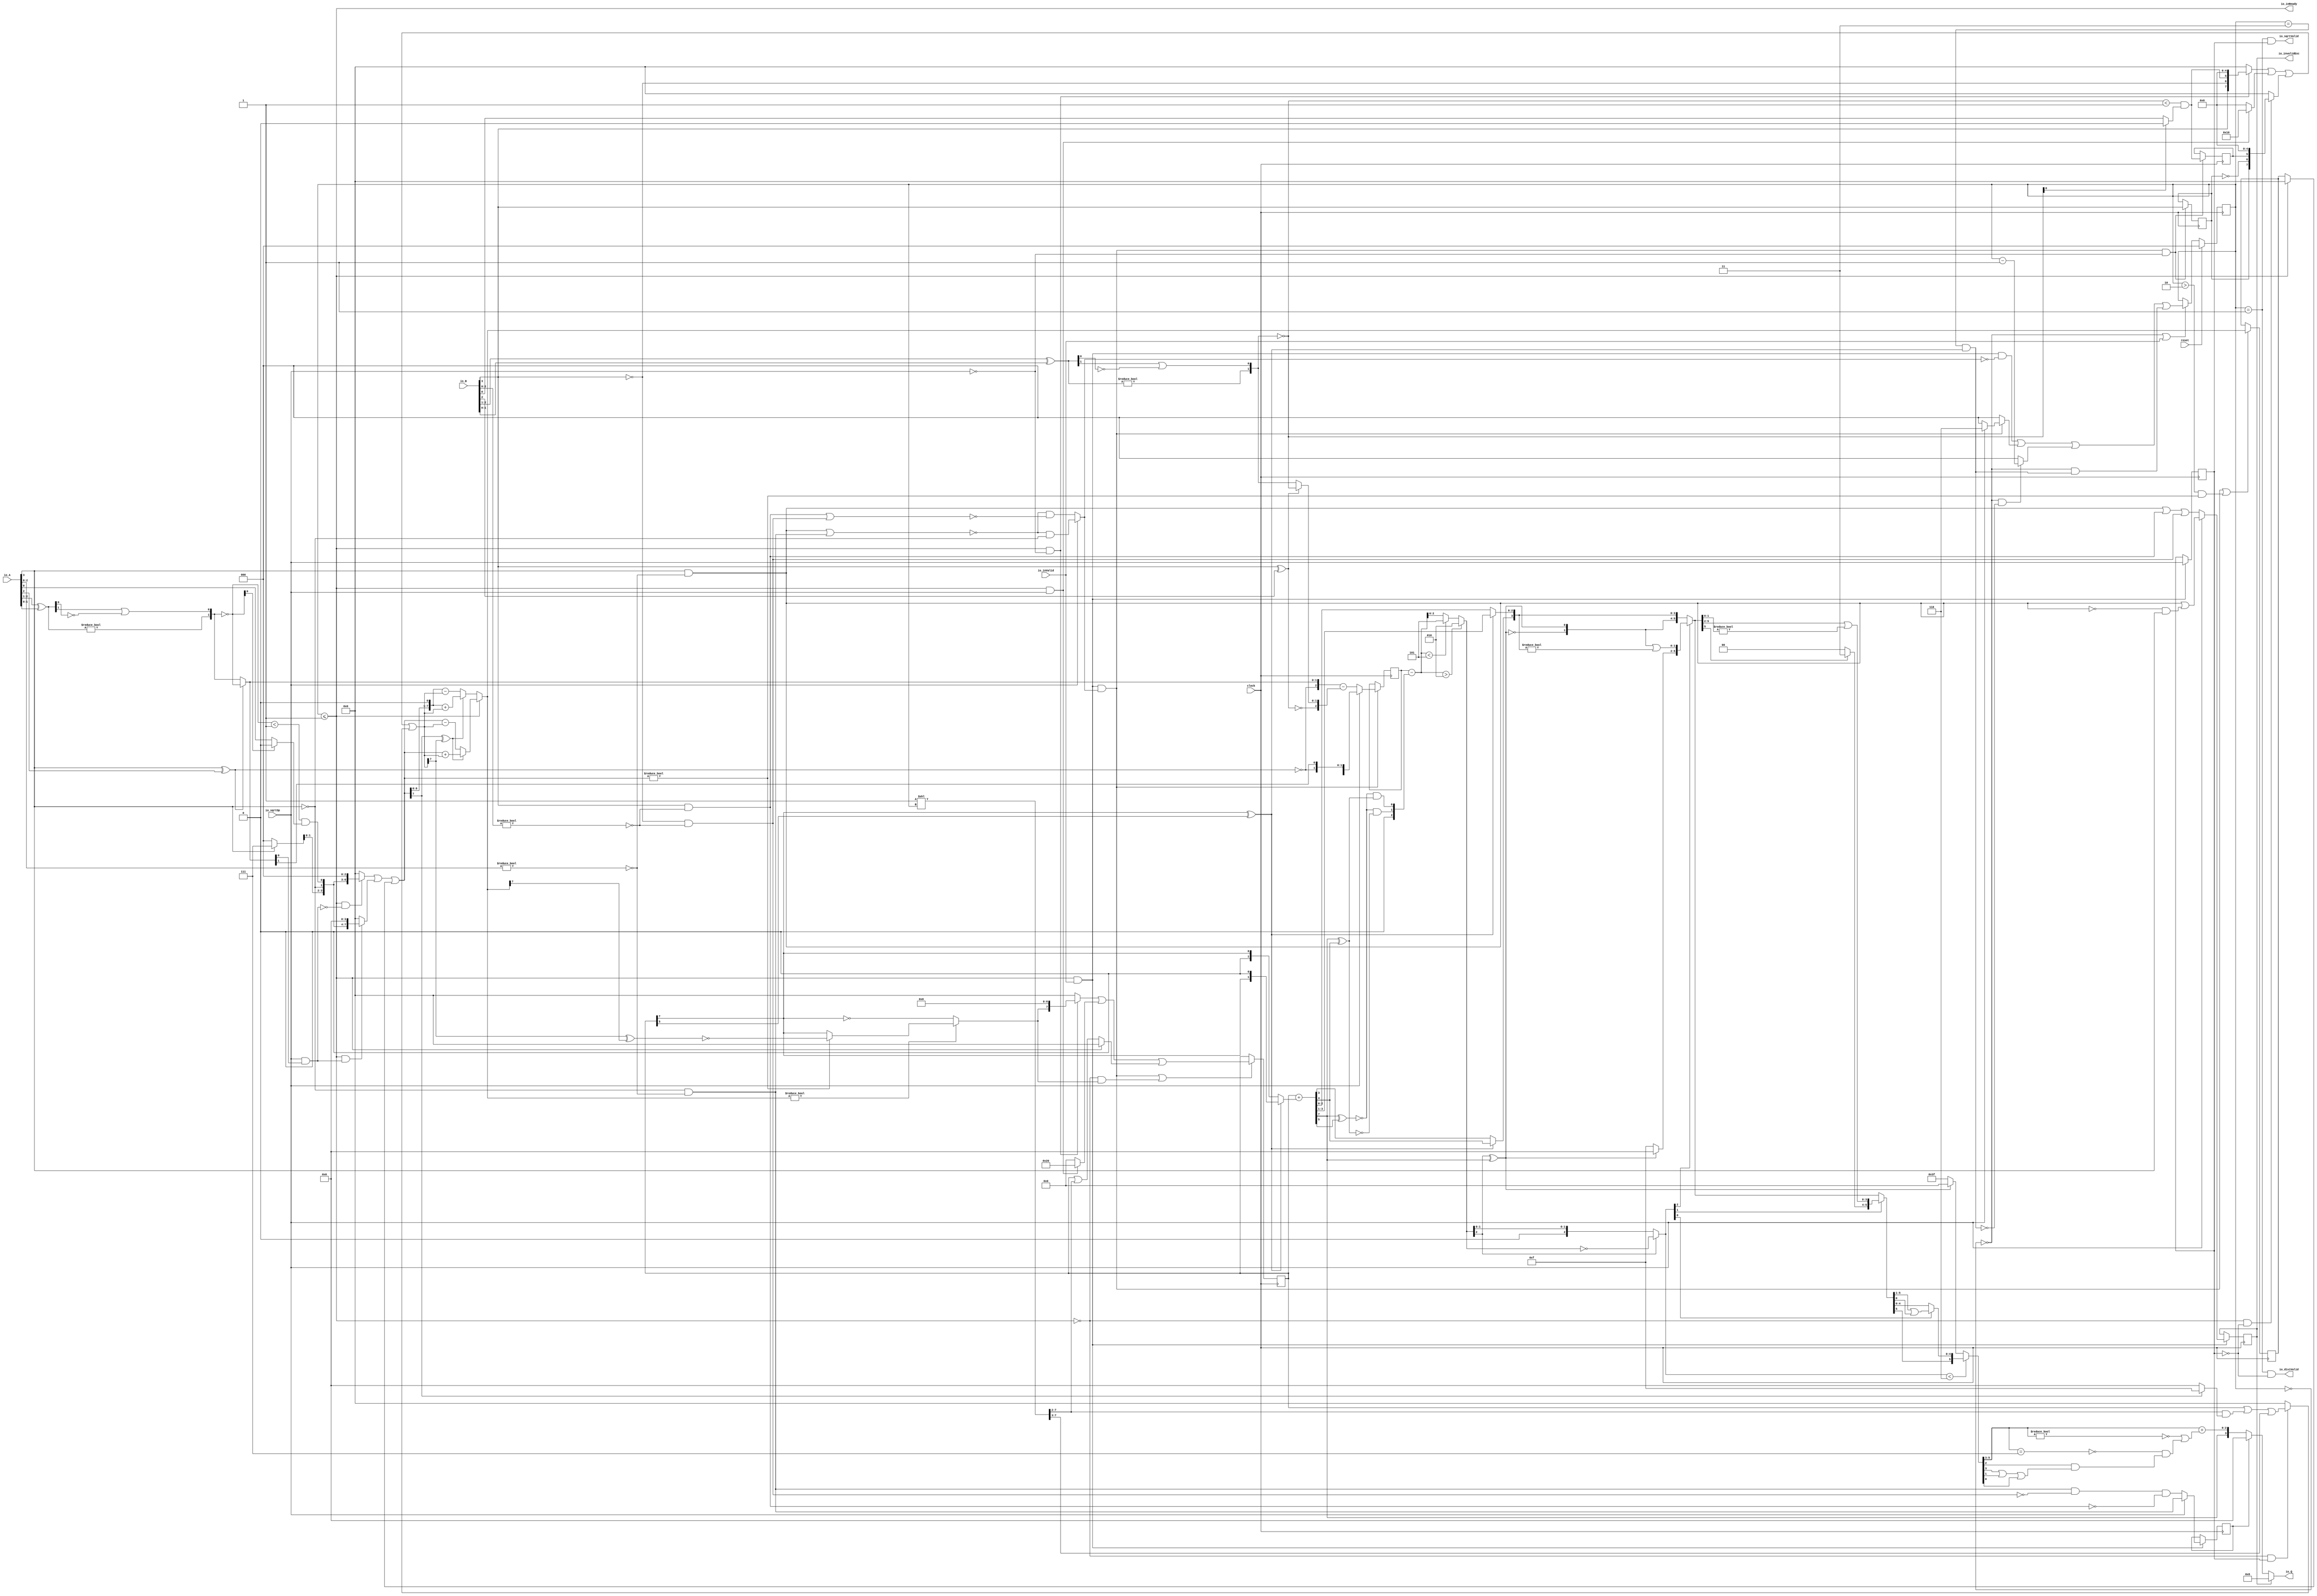
module PositDivSqrter4_0(
  input        clock,
  input        reset,
  output       io_inReady,
  input        io_inValid,
  input        io_sqrtOp,
  input  [3:0] io_A,
  input  [3:0] io_B,
  output       io_diviValid,
  output       io_sqrtValid,
  output       io_invalidExc,
  output [3:0] io_Q
);
  reg [2:0] cycleNum; // @[PositDivisionSqrt.scala 63:26]
  reg [31:0] _RAND_0;
  reg  sqrtOp_Z; // @[PositDivisionSqrt.scala 65:22]
  reg [31:0] _RAND_1;
  reg  isNaR_Z; // @[PositDivisionSqrt.scala 66:22]
  reg [31:0] _RAND_2;
  reg  isZero_Z; // @[PositDivisionSqrt.scala 67:22]
  reg [31:0] _RAND_3;
  reg [3:0] scale_Z; // @[PositDivisionSqrt.scala 68:22]
  reg [31:0] _RAND_4;
  reg  signB_Z; // @[PositDivisionSqrt.scala 69:28]
  reg [31:0] _RAND_5;
  reg  fractB_Z; // @[PositDivisionSqrt.scala 70:22]
  reg [31:0] _RAND_6;
  reg [7:0] rem_Z; // @[PositDivisionSqrt.scala 71:22]
  reg [31:0] _RAND_7;
  reg [7:0] sigX_Z; // @[PositDivisionSqrt.scala 72:22]
  reg [31:0] _RAND_8;
  wire  _T_1; // @[convert.scala 18:24]
  wire  _T_2; // @[convert.scala 18:40]
  wire  _T_3; // @[convert.scala 18:36]
  wire [1:0] _T_4; // @[convert.scala 19:24]
  wire [1:0] _T_5; // @[convert.scala 19:43]
  wire [1:0] _T_6; // @[convert.scala 19:39]
  wire  _T_7; // @[LZD.scala 39:14]
  wire  _T_8; // @[LZD.scala 39:21]
  wire  _T_9; // @[LZD.scala 39:30]
  wire  _T_10; // @[LZD.scala 39:27]
  wire  _T_11; // @[LZD.scala 39:25]
  wire [1:0] _T_12; // @[Cat.scala 29:58]
  wire [1:0] _T_13; // @[convert.scala 21:22]
  wire  _T_14; // @[convert.scala 22:36]
  wire  _T_15; // @[Shift.scala 16:24]
  wire  _T_16; // @[Shift.scala 17:37]
  wire  _T_18; // @[Shift.scala 63:39]
  wire  decA_fraction; // @[Shift.scala 16:10]
  wire  _T_22; // @[convert.scala 25:26]
  wire [1:0] _T_24; // @[convert.scala 25:42]
  wire [2:0] _T_25; // @[Cat.scala 29:58]
  wire [2:0] _T_27; // @[convert.scala 29:56]
  wire  _T_28; // @[convert.scala 29:60]
  wire  _T_29; // @[convert.scala 29:41]
  wire  decA_isNaR; // @[convert.scala 29:39]
  wire  _T_32; // @[convert.scala 30:19]
  wire  decA_isZero; // @[convert.scala 30:41]
  wire [2:0] decA_scale; // @[convert.scala 32:24]
  wire  _T_41; // @[convert.scala 18:24]
  wire  _T_42; // @[convert.scala 18:40]
  wire  _T_43; // @[convert.scala 18:36]
  wire [1:0] _T_44; // @[convert.scala 19:24]
  wire [1:0] _T_45; // @[convert.scala 19:43]
  wire [1:0] _T_46; // @[convert.scala 19:39]
  wire  _T_47; // @[LZD.scala 39:14]
  wire  _T_48; // @[LZD.scala 39:21]
  wire  _T_49; // @[LZD.scala 39:30]
  wire  _T_50; // @[LZD.scala 39:27]
  wire  _T_51; // @[LZD.scala 39:25]
  wire [1:0] _T_52; // @[Cat.scala 29:58]
  wire [1:0] _T_53; // @[convert.scala 21:22]
  wire  _T_54; // @[convert.scala 22:36]
  wire  _T_55; // @[Shift.scala 16:24]
  wire  _T_56; // @[Shift.scala 17:37]
  wire  _T_58; // @[Shift.scala 63:39]
  wire  decB_fraction; // @[Shift.scala 16:10]
  wire  _T_62; // @[convert.scala 25:26]
  wire [1:0] _T_64; // @[convert.scala 25:42]
  wire [2:0] _T_65; // @[Cat.scala 29:58]
  wire [2:0] _T_67; // @[convert.scala 29:56]
  wire  _T_68; // @[convert.scala 29:60]
  wire  _T_69; // @[convert.scala 29:41]
  wire  decB_isNaR; // @[convert.scala 29:39]
  wire  _T_72; // @[convert.scala 30:19]
  wire  decB_isZero; // @[convert.scala 30:41]
  wire [2:0] decB_scale; // @[convert.scala 32:24]
  wire [2:0] _T_81; // @[Bitwise.scala 71:12]
  wire  _T_82; // @[PositDivisionSqrt.scala 80:40]
  wire [7:0] sigA_S; // @[Cat.scala 29:58]
  wire  _T_85; // @[PositDivisionSqrt.scala 82:31]
  wire [7:0] sigB_S; // @[Cat.scala 29:58]
  wire  _T_88; // @[PositDivisionSqrt.scala 85:25]
  wire  invalidSqrt; // @[PositDivisionSqrt.scala 85:37]
  wire  _T_89; // @[PositDivisionSqrt.scala 88:42]
  wire  _T_90; // @[PositDivisionSqrt.scala 89:42]
  wire  _T_91; // @[PositDivisionSqrt.scala 89:56]
  wire  _T_92; // @[PositDivisionSqrt.scala 94:46]
  wire  _T_93; // @[PositDivisionSqrt.scala 94:43]
  wire  _T_94; // @[PositDivisionSqrt.scala 94:62]
  wire  _T_95; // @[PositDivisionSqrt.scala 94:59]
  wire  specialCaseA_S; // @[PositDivisionSqrt.scala 97:38]
  wire  specialCaseB_S; // @[PositDivisionSqrt.scala 98:38]
  wire  _T_96; // @[PositDivisionSqrt.scala 99:27]
  wire  _T_97; // @[PositDivisionSqrt.scala 99:46]
  wire  normalCase_S_div; // @[PositDivisionSqrt.scala 99:43]
  wire  normalCase_S_sqrt; // @[PositDivisionSqrt.scala 100:43]
  wire  normalCase_S; // @[PositDivisionSqrt.scala 101:30]
  wire [3:0] sExpQuot_S_div; // @[PositDivisionSqrt.scala 103:38]
  wire  _T_100; // @[PositDivisionSqrt.scala 104:50]
  wire  oddSqrt_S; // @[PositDivisionSqrt.scala 104:37]
  wire  idle; // @[PositDivisionSqrt.scala 109:39]
  wire  ready; // @[PositDivisionSqrt.scala 110:39]
  wire  entering; // @[PositDivisionSqrt.scala 111:35]
  wire  entering_normalCase; // @[PositDivisionSqrt.scala 112:38]
  wire  _T_101; // @[PositDivisionSqrt.scala 113:35]
  wire  _T_102; // @[PositDivisionSqrt.scala 113:58]
  wire  scaleNotChange; // @[PositDivisionSqrt.scala 113:50]
  wire  _T_103; // @[PositDivisionSqrt.scala 114:39]
  wire  skipCycle2; // @[PositDivisionSqrt.scala 114:48]
  wire  _T_104; // @[PositDivisionSqrt.scala 116:8]
  wire  _T_105; // @[PositDivisionSqrt.scala 116:14]
  wire  _T_106; // @[PositDivisionSqrt.scala 117:32]
  wire  _T_107; // @[PositDivisionSqrt.scala 117:30]
  wire [3:0] _T_109; // @[PositDivisionSqrt.scala 119:26]
  wire [3:0] _T_110; // @[PositDivisionSqrt.scala 118:20]
  wire [3:0] _GEN_9; // @[PositDivisionSqrt.scala 117:64]
  wire [3:0] _T_111; // @[PositDivisionSqrt.scala 117:64]
  wire  _T_113; // @[PositDivisionSqrt.scala 123:30]
  wire  _T_114; // @[PositDivisionSqrt.scala 123:27]
  wire [2:0] _T_116; // @[PositDivisionSqrt.scala 123:52]
  wire [2:0] _T_117; // @[PositDivisionSqrt.scala 123:20]
  wire [3:0] _GEN_10; // @[PositDivisionSqrt.scala 122:64]
  wire [3:0] _T_118; // @[PositDivisionSqrt.scala 122:64]
  wire  _T_120; // @[PositDivisionSqrt.scala 124:27]
  wire [3:0] _GEN_11; // @[PositDivisionSqrt.scala 123:64]
  wire [3:0] _T_122; // @[PositDivisionSqrt.scala 123:64]
  wire [3:0] _GEN_0; // @[PositDivisionSqrt.scala 116:29]
  wire [1:0] _T_123; // @[PositDivisionSqrt.scala 134:42]
  wire  _T_125; // @[PositDivisionSqrt.scala 137:31]
  wire  _T_126; // @[PositDivisionSqrt.scala 137:28]
  wire [7:0] _T_127; // @[PositDivisionSqrt.scala 146:22]
  wire [5:0] _T_128; // @[PositDivisionSqrt.scala 146:35]
  wire  _T_129; // @[PositDivisionSqrt.scala 148:26]
  wire  _T_130; // @[PositDivisionSqrt.scala 148:23]
  wire [7:0] _T_131; // @[PositDivisionSqrt.scala 148:16]
  wire  _T_132; // @[PositDivisionSqrt.scala 149:23]
  wire [8:0] _T_133; // @[PositDivisionSqrt.scala 149:46]
  wire [7:0] _T_134; // @[PositDivisionSqrt.scala 149:56]
  wire [7:0] _T_135; // @[PositDivisionSqrt.scala 149:16]
  wire [7:0] _T_136; // @[PositDivisionSqrt.scala 148:66]
  wire  _T_137; // @[PositDivisionSqrt.scala 150:17]
  wire [7:0] _T_138; // @[PositDivisionSqrt.scala 150:16]
  wire [7:0] rem; // @[PositDivisionSqrt.scala 149:66]
  wire  _T_140; // @[PositDivisionSqrt.scala 152:29]
  wire [7:0] _T_141; // @[PositDivisionSqrt.scala 152:22]
  wire  _T_142; // @[PositDivisionSqrt.scala 153:29]
  wire [4:0] _T_143; // @[PositDivisionSqrt.scala 153:22]
  wire [7:0] _GEN_12; // @[PositDivisionSqrt.scala 152:93]
  wire [7:0] _T_144; // @[PositDivisionSqrt.scala 152:93]
  wire  _T_146; // @[PositDivisionSqrt.scala 154:33]
  wire  _T_147; // @[PositDivisionSqrt.scala 154:30]
  wire  _T_148; // @[PositDivisionSqrt.scala 154:57]
  wire [7:0] _T_151; // @[Cat.scala 29:58]
  wire [7:0] _T_152; // @[PositDivisionSqrt.scala 154:22]
  wire [7:0] _T_153; // @[PositDivisionSqrt.scala 153:93]
  wire  _T_155; // @[PositDivisionSqrt.scala 155:30]
  wire  _T_156; // @[PositDivisionSqrt.scala 156:83]
  wire [3:0] _T_158; // @[Bitwise.scala 71:12]
  wire [6:0] bitMask; // @[PositDivisionSqrt.scala 145:21 PositDivisionSqrt.scala 146:14]
  wire [6:0] _GEN_13; // @[PositDivisionSqrt.scala 156:53]
  wire [6:0] _T_159; // @[PositDivisionSqrt.scala 156:53]
  wire [7:0] _GEN_14; // @[PositDivisionSqrt.scala 155:51]
  wire [7:0] _T_160; // @[PositDivisionSqrt.scala 155:51]
  wire [5:0] _T_161; // @[PositDivisionSqrt.scala 157:53]
  wire [7:0] _GEN_15; // @[PositDivisionSqrt.scala 156:89]
  wire [7:0] _T_162; // @[PositDivisionSqrt.scala 156:89]
  wire [7:0] _T_163; // @[PositDivisionSqrt.scala 155:22]
  wire [7:0] trialTerm; // @[PositDivisionSqrt.scala 154:93]
  wire  _T_165; // @[PositDivisionSqrt.scala 162:56]
  wire  _T_166; // @[PositDivisionSqrt.scala 162:40]
  wire [7:0] _T_169; // @[PositDivisionSqrt.scala 163:97]
  wire [7:0] _T_171; // @[PositDivisionSqrt.scala 164:97]
  wire [7:0] _T_172; // @[PositDivisionSqrt.scala 161:92]
  wire [8:0] _T_177; // @[PositDivisionSqrt.scala 168:98]
  wire [7:0] _T_178; // @[PositDivisionSqrt.scala 168:108]
  wire [7:0] _T_180; // @[PositDivisionSqrt.scala 168:112]
  wire [7:0] _T_184; // @[PositDivisionSqrt.scala 169:112]
  wire [7:0] _T_185; // @[PositDivisionSqrt.scala 166:26]
  wire [7:0] trialRem; // @[PositDivisionSqrt.scala 159:27]
  wire  _T_186; // @[PositDivisionSqrt.scala 173:35]
  wire  trIsZero; // @[PositDivisionSqrt.scala 173:25]
  wire  _T_187; // @[PositDivisionSqrt.scala 174:30]
  wire  remIsZero; // @[PositDivisionSqrt.scala 174:25]
  wire  _T_189; // @[PositDivisionSqrt.scala 176:64]
  wire  _T_190; // @[PositDivisionSqrt.scala 176:49]
  wire  _T_191; // @[PositDivisionSqrt.scala 176:29]
  wire  _T_192; // @[PositDivisionSqrt.scala 178:61]
  wire  _T_193; // @[PositDivisionSqrt.scala 178:49]
  wire  _T_195; // @[Mux.scala 87:16]
  wire  newBit; // @[Mux.scala 87:16]
  wire  _T_196; // @[PositDivisionSqrt.scala 183:41]
  wire  _T_197; // @[PositDivisionSqrt.scala 183:51]
  wire  _T_198; // @[PositDivisionSqrt.scala 183:48]
  wire  _T_199; // @[PositDivisionSqrt.scala 183:28]
  wire  _T_202; // @[PositDivisionSqrt.scala 187:39]
  wire  _T_203; // @[PositDivisionSqrt.scala 187:28]
  wire [7:0] _T_206; // @[PositDivisionSqrt.scala 188:47]
  wire [7:0] _T_207; // @[PositDivisionSqrt.scala 188:18]
  wire [5:0] _T_209; // @[PositDivisionSqrt.scala 189:18]
  wire [7:0] _GEN_16; // @[PositDivisionSqrt.scala 188:78]
  wire [7:0] _T_210; // @[PositDivisionSqrt.scala 188:78]
  wire [7:0] _GEN_17; // @[PositDivisionSqrt.scala 190:47]
  wire [7:0] _T_212; // @[PositDivisionSqrt.scala 190:47]
  wire [7:0] _T_213; // @[PositDivisionSqrt.scala 190:18]
  wire [7:0] _T_214; // @[PositDivisionSqrt.scala 189:78]
  wire [1:0] _T_216; // @[PositDivisionSqrt.scala 196:53]
  wire [1:0] sigXBias; // @[PositDivisionSqrt.scala 196:21]
  wire [7:0] _GEN_18; // @[PositDivisionSqrt.scala 197:25]
  wire [7:0] realSigX; // @[PositDivisionSqrt.scala 197:25]
  wire  _T_219; // @[PositDivisionSqrt.scala 200:97]
  wire  _T_220; // @[PositDivisionSqrt.scala 201:97]
  wire  realFrac; // @[PositDivisionSqrt.scala 198:21]
  wire  _T_221; // @[PositDivisionSqrt.scala 205:33]
  wire  _T_222; // @[PositDivisionSqrt.scala 205:58]
  wire  _T_223; // @[PositDivisionSqrt.scala 205:48]
  wire  scaleNeedSub; // @[PositDivisionSqrt.scala 205:23]
  wire  notNeedSubTwo; // @[PositDivisionSqrt.scala 206:46]
  wire  scaleSubOne; // @[PositDivisionSqrt.scala 207:36]
  wire  _T_226; // @[PositDivisionSqrt.scala 208:38]
  wire  scaleSubTwo; // @[PositDivisionSqrt.scala 208:36]
  wire [1:0] _T_227; // @[Cat.scala 29:58]
  wire [2:0] _T_228; // @[PositDivisionSqrt.scala 209:63]
  wire [3:0] _GEN_19; // @[PositDivisionSqrt.scala 209:31]
  wire [3:0] _T_230; // @[PositDivisionSqrt.scala 209:31]
  wire [3:0] realExp; // @[PositDivisionSqrt.scala 209:31]
  wire  underflow; // @[PositDivisionSqrt.scala 210:31]
  wire  overflow; // @[PositDivisionSqrt.scala 211:31]
  wire  decQ_sign; // @[PositDivisionSqrt.scala 215:33]
  wire [3:0] _T_232; // @[Mux.scala 87:16]
  wire [3:0] _T_233; // @[Mux.scala 87:16]
  wire [2:0] _T_234; // @[PositDivisionSqrt.scala 224:48]
  wire [2:0] _T_235; // @[PositDivisionSqrt.scala 224:64]
  wire [2:0] decQ_grs; // @[PositDivisionSqrt.scala 224:23]
  wire  outValid; // @[PositDivisionSqrt.scala 229:28]
  wire [2:0] _GEN_20; // @[PositDivisionSqrt.scala 204:27 PositDivisionSqrt.scala 216:23]
  wire [2:0] decQ_scale; // @[PositDivisionSqrt.scala 204:27 PositDivisionSqrt.scala 216:23]
  wire  _T_242; // @[convert.scala 49:36]
  wire [2:0] _T_244; // @[convert.scala 50:36]
  wire [2:0] _T_245; // @[convert.scala 50:36]
  wire [2:0] _T_246; // @[convert.scala 50:28]
  wire  _T_247; // @[convert.scala 51:31]
  wire  _T_248; // @[convert.scala 53:34]
  wire [5:0] _T_251; // @[Cat.scala 29:58]
  wire [2:0] _T_252; // @[Shift.scala 39:17]
  wire  _T_253; // @[Shift.scala 39:24]
  wire [1:0] _T_255; // @[Shift.scala 90:30]
  wire [3:0] _T_256; // @[Shift.scala 90:48]
  wire  _T_257; // @[Shift.scala 90:57]
  wire [1:0] _GEN_21; // @[Shift.scala 90:39]
  wire [1:0] _T_258; // @[Shift.scala 90:39]
  wire  _T_259; // @[Shift.scala 12:21]
  wire  _T_260; // @[Shift.scala 12:21]
  wire [3:0] _T_262; // @[Bitwise.scala 71:12]
  wire [5:0] _T_263; // @[Cat.scala 29:58]
  wire [5:0] _T_264; // @[Shift.scala 91:22]
  wire [1:0] _T_265; // @[Shift.scala 92:77]
  wire [3:0] _T_266; // @[Shift.scala 90:30]
  wire [1:0] _T_267; // @[Shift.scala 90:48]
  wire  _T_268; // @[Shift.scala 90:57]
  wire [3:0] _GEN_22; // @[Shift.scala 90:39]
  wire [3:0] _T_269; // @[Shift.scala 90:39]
  wire  _T_270; // @[Shift.scala 12:21]
  wire  _T_271; // @[Shift.scala 12:21]
  wire [1:0] _T_273; // @[Bitwise.scala 71:12]
  wire [5:0] _T_274; // @[Cat.scala 29:58]
  wire [5:0] _T_275; // @[Shift.scala 91:22]
  wire  _T_276; // @[Shift.scala 92:77]
  wire [4:0] _T_277; // @[Shift.scala 90:30]
  wire  _T_278; // @[Shift.scala 90:48]
  wire [4:0] _GEN_23; // @[Shift.scala 90:39]
  wire [4:0] _T_280; // @[Shift.scala 90:39]
  wire  _T_282; // @[Shift.scala 12:21]
  wire [5:0] _T_283; // @[Cat.scala 29:58]
  wire [5:0] _T_284; // @[Shift.scala 91:22]
  wire [5:0] _T_287; // @[Bitwise.scala 71:12]
  wire [5:0] _T_288; // @[Shift.scala 39:10]
  wire  _T_289; // @[convert.scala 55:31]
  wire  _T_290; // @[convert.scala 56:31]
  wire  _T_291; // @[convert.scala 57:31]
  wire  _T_292; // @[convert.scala 58:31]
  wire [2:0] _T_293; // @[convert.scala 59:69]
  wire  _T_294; // @[convert.scala 59:81]
  wire  _T_295; // @[convert.scala 59:50]
  wire  _T_297; // @[convert.scala 60:81]
  wire  _T_298; // @[convert.scala 61:44]
  wire  _T_299; // @[convert.scala 61:52]
  wire  _T_300; // @[convert.scala 61:36]
  wire  _T_301; // @[convert.scala 62:63]
  wire  _T_302; // @[convert.scala 62:103]
  wire  _T_303; // @[convert.scala 62:60]
  wire [2:0] _GEN_24; // @[convert.scala 63:56]
  wire [2:0] _T_306; // @[convert.scala 63:56]
  wire [3:0] _T_307; // @[Cat.scala 29:58]
  wire [3:0] _T_309; // @[Mux.scala 87:16]
  assign _T_1 = io_A[3]; // @[convert.scala 18:24]
  assign _T_2 = io_A[2]; // @[convert.scala 18:40]
  assign _T_3 = _T_1 ^ _T_2; // @[convert.scala 18:36]
  assign _T_4 = io_A[2:1]; // @[convert.scala 19:24]
  assign _T_5 = io_A[1:0]; // @[convert.scala 19:43]
  assign _T_6 = _T_4 ^ _T_5; // @[convert.scala 19:39]
  assign _T_7 = _T_6 != 2'h0; // @[LZD.scala 39:14]
  assign _T_8 = _T_6[1]; // @[LZD.scala 39:21]
  assign _T_9 = _T_6[0]; // @[LZD.scala 39:30]
  assign _T_10 = ~ _T_9; // @[LZD.scala 39:27]
  assign _T_11 = _T_8 | _T_10; // @[LZD.scala 39:25]
  assign _T_12 = {_T_7,_T_11}; // @[Cat.scala 29:58]
  assign _T_13 = ~ _T_12; // @[convert.scala 21:22]
  assign _T_14 = io_A[0:0]; // @[convert.scala 22:36]
  assign _T_15 = _T_13 < 2'h1; // @[Shift.scala 16:24]
  assign _T_16 = _T_13[0]; // @[Shift.scala 17:37]
  assign _T_18 = _T_16 ? 1'h0 : _T_14; // @[Shift.scala 63:39]
  assign decA_fraction = _T_15 & _T_18; // @[Shift.scala 16:10]
  assign _T_22 = _T_3 == 1'h0; // @[convert.scala 25:26]
  assign _T_24 = _T_3 ? _T_13 : _T_12; // @[convert.scala 25:42]
  assign _T_25 = {_T_22,_T_24}; // @[Cat.scala 29:58]
  assign _T_27 = io_A[2:0]; // @[convert.scala 29:56]
  assign _T_28 = _T_27 != 3'h0; // @[convert.scala 29:60]
  assign _T_29 = ~ _T_28; // @[convert.scala 29:41]
  assign decA_isNaR = _T_1 & _T_29; // @[convert.scala 29:39]
  assign _T_32 = _T_1 == 1'h0; // @[convert.scala 30:19]
  assign decA_isZero = _T_32 & _T_29; // @[convert.scala 30:41]
  assign decA_scale = $signed(_T_25); // @[convert.scala 32:24]
  assign _T_41 = io_B[3]; // @[convert.scala 18:24]
  assign _T_42 = io_B[2]; // @[convert.scala 18:40]
  assign _T_43 = _T_41 ^ _T_42; // @[convert.scala 18:36]
  assign _T_44 = io_B[2:1]; // @[convert.scala 19:24]
  assign _T_45 = io_B[1:0]; // @[convert.scala 19:43]
  assign _T_46 = _T_44 ^ _T_45; // @[convert.scala 19:39]
  assign _T_47 = _T_46 != 2'h0; // @[LZD.scala 39:14]
  assign _T_48 = _T_46[1]; // @[LZD.scala 39:21]
  assign _T_49 = _T_46[0]; // @[LZD.scala 39:30]
  assign _T_50 = ~ _T_49; // @[LZD.scala 39:27]
  assign _T_51 = _T_48 | _T_50; // @[LZD.scala 39:25]
  assign _T_52 = {_T_47,_T_51}; // @[Cat.scala 29:58]
  assign _T_53 = ~ _T_52; // @[convert.scala 21:22]
  assign _T_54 = io_B[0:0]; // @[convert.scala 22:36]
  assign _T_55 = _T_53 < 2'h1; // @[Shift.scala 16:24]
  assign _T_56 = _T_53[0]; // @[Shift.scala 17:37]
  assign _T_58 = _T_56 ? 1'h0 : _T_54; // @[Shift.scala 63:39]
  assign decB_fraction = _T_55 & _T_58; // @[Shift.scala 16:10]
  assign _T_62 = _T_43 == 1'h0; // @[convert.scala 25:26]
  assign _T_64 = _T_43 ? _T_53 : _T_52; // @[convert.scala 25:42]
  assign _T_65 = {_T_62,_T_64}; // @[Cat.scala 29:58]
  assign _T_67 = io_B[2:0]; // @[convert.scala 29:56]
  assign _T_68 = _T_67 != 3'h0; // @[convert.scala 29:60]
  assign _T_69 = ~ _T_68; // @[convert.scala 29:41]
  assign decB_isNaR = _T_41 & _T_69; // @[convert.scala 29:39]
  assign _T_72 = _T_41 == 1'h0; // @[convert.scala 30:19]
  assign decB_isZero = _T_72 & _T_69; // @[convert.scala 30:41]
  assign decB_scale = $signed(_T_65); // @[convert.scala 32:24]
  assign _T_81 = _T_1 ? 3'h7 : 3'h0; // @[Bitwise.scala 71:12]
  assign _T_82 = ~ _T_1; // @[PositDivisionSqrt.scala 80:40]
  assign sigA_S = {_T_81,_T_82,decA_fraction,3'h0}; // @[Cat.scala 29:58]
  assign _T_85 = ~ _T_41; // @[PositDivisionSqrt.scala 82:31]
  assign sigB_S = {_T_41,_T_85,decB_fraction,5'h0}; // @[Cat.scala 29:58]
  assign _T_88 = decA_isNaR == 1'h0; // @[PositDivisionSqrt.scala 85:25]
  assign invalidSqrt = _T_88 & _T_1; // @[PositDivisionSqrt.scala 85:37]
  assign _T_89 = decA_isNaR | invalidSqrt; // @[PositDivisionSqrt.scala 88:42]
  assign _T_90 = decA_isNaR | decB_isNaR; // @[PositDivisionSqrt.scala 89:42]
  assign _T_91 = _T_90 | decB_isZero; // @[PositDivisionSqrt.scala 89:56]
  assign _T_92 = decB_isZero == 1'h0; // @[PositDivisionSqrt.scala 94:46]
  assign _T_93 = decA_isZero & _T_92; // @[PositDivisionSqrt.scala 94:43]
  assign _T_94 = decB_isNaR == 1'h0; // @[PositDivisionSqrt.scala 94:62]
  assign _T_95 = _T_93 & _T_94; // @[PositDivisionSqrt.scala 94:59]
  assign specialCaseA_S = decA_isNaR | decA_isZero; // @[PositDivisionSqrt.scala 97:38]
  assign specialCaseB_S = decB_isNaR | decB_isZero; // @[PositDivisionSqrt.scala 98:38]
  assign _T_96 = specialCaseA_S == 1'h0; // @[PositDivisionSqrt.scala 99:27]
  assign _T_97 = specialCaseB_S == 1'h0; // @[PositDivisionSqrt.scala 99:46]
  assign normalCase_S_div = _T_96 & _T_97; // @[PositDivisionSqrt.scala 99:43]
  assign normalCase_S_sqrt = _T_96 & _T_32; // @[PositDivisionSqrt.scala 100:43]
  assign normalCase_S = io_sqrtOp ? normalCase_S_sqrt : normalCase_S_div; // @[PositDivisionSqrt.scala 101:30]
  assign sExpQuot_S_div = $signed(decA_scale) - $signed(decB_scale); // @[PositDivisionSqrt.scala 103:38]
  assign _T_100 = decA_scale[0]; // @[PositDivisionSqrt.scala 104:50]
  assign oddSqrt_S = io_sqrtOp & _T_100; // @[PositDivisionSqrt.scala 104:37]
  assign idle = cycleNum == 3'h0; // @[PositDivisionSqrt.scala 109:39]
  assign ready = cycleNum <= 3'h1; // @[PositDivisionSqrt.scala 110:39]
  assign entering = ready & io_inValid; // @[PositDivisionSqrt.scala 111:35]
  assign entering_normalCase = entering & normalCase_S; // @[PositDivisionSqrt.scala 112:38]
  assign _T_101 = sigX_Z[7]; // @[PositDivisionSqrt.scala 113:35]
  assign _T_102 = sigX_Z[5]; // @[PositDivisionSqrt.scala 113:58]
  assign scaleNotChange = _T_101 ^ _T_102; // @[PositDivisionSqrt.scala 113:50]
  assign _T_103 = cycleNum == 3'h3; // @[PositDivisionSqrt.scala 114:39]
  assign skipCycle2 = _T_103 & scaleNotChange; // @[PositDivisionSqrt.scala 114:48]
  assign _T_104 = idle == 1'h0; // @[PositDivisionSqrt.scala 116:8]
  assign _T_105 = _T_104 | io_inValid; // @[PositDivisionSqrt.scala 116:14]
  assign _T_106 = normalCase_S == 1'h0; // @[PositDivisionSqrt.scala 117:32]
  assign _T_107 = entering & _T_106; // @[PositDivisionSqrt.scala 117:30]
  assign _T_109 = io_sqrtOp ? 4'h6 : 4'h8; // @[PositDivisionSqrt.scala 119:26]
  assign _T_110 = entering_normalCase ? _T_109 : 4'h0; // @[PositDivisionSqrt.scala 118:20]
  assign _GEN_9 = {{3'd0}, _T_107}; // @[PositDivisionSqrt.scala 117:64]
  assign _T_111 = _GEN_9 | _T_110; // @[PositDivisionSqrt.scala 117:64]
  assign _T_113 = skipCycle2 == 1'h0; // @[PositDivisionSqrt.scala 123:30]
  assign _T_114 = _T_104 & _T_113; // @[PositDivisionSqrt.scala 123:27]
  assign _T_116 = cycleNum - 3'h1; // @[PositDivisionSqrt.scala 123:52]
  assign _T_117 = _T_114 ? _T_116 : 3'h0; // @[PositDivisionSqrt.scala 123:20]
  assign _GEN_10 = {{1'd0}, _T_117}; // @[PositDivisionSqrt.scala 122:64]
  assign _T_118 = _T_111 | _GEN_10; // @[PositDivisionSqrt.scala 122:64]
  assign _T_120 = _T_104 & skipCycle2; // @[PositDivisionSqrt.scala 124:27]
  assign _GEN_11 = {{3'd0}, _T_120}; // @[PositDivisionSqrt.scala 123:64]
  assign _T_122 = _T_118 | _GEN_11; // @[PositDivisionSqrt.scala 123:64]
  assign _GEN_0 = _T_105 ? _T_122 : {{1'd0}, cycleNum}; // @[PositDivisionSqrt.scala 116:29]
  assign _T_123 = decA_scale[2:1]; // @[PositDivisionSqrt.scala 134:42]
  assign _T_125 = io_sqrtOp == 1'h0; // @[PositDivisionSqrt.scala 137:31]
  assign _T_126 = entering_normalCase & _T_125; // @[PositDivisionSqrt.scala 137:28]
  assign _T_127 = 8'h1 << cycleNum; // @[PositDivisionSqrt.scala 146:22]
  assign _T_128 = _T_127[7:2]; // @[PositDivisionSqrt.scala 146:35]
  assign _T_129 = oddSqrt_S == 1'h0; // @[PositDivisionSqrt.scala 148:26]
  assign _T_130 = ready & _T_129; // @[PositDivisionSqrt.scala 148:23]
  assign _T_131 = _T_130 ? sigA_S : 8'h0; // @[PositDivisionSqrt.scala 148:16]
  assign _T_132 = ready & oddSqrt_S; // @[PositDivisionSqrt.scala 149:23]
  assign _T_133 = {sigA_S, 1'h0}; // @[PositDivisionSqrt.scala 149:46]
  assign _T_134 = _T_133[7:0]; // @[PositDivisionSqrt.scala 149:56]
  assign _T_135 = _T_132 ? _T_134 : 8'h0; // @[PositDivisionSqrt.scala 149:16]
  assign _T_136 = _T_131 | _T_135; // @[PositDivisionSqrt.scala 148:66]
  assign _T_137 = ready == 1'h0; // @[PositDivisionSqrt.scala 150:17]
  assign _T_138 = _T_137 ? rem_Z : 8'h0; // @[PositDivisionSqrt.scala 150:16]
  assign rem = _T_136 | _T_138; // @[PositDivisionSqrt.scala 149:66]
  assign _T_140 = ready & _T_125; // @[PositDivisionSqrt.scala 152:29]
  assign _T_141 = _T_140 ? sigB_S : 8'h0; // @[PositDivisionSqrt.scala 152:22]
  assign _T_142 = ready & io_sqrtOp; // @[PositDivisionSqrt.scala 153:29]
  assign _T_143 = _T_142 ? 5'h10 : 5'h0; // @[PositDivisionSqrt.scala 153:22]
  assign _GEN_12 = {{3'd0}, _T_143}; // @[PositDivisionSqrt.scala 152:93]
  assign _T_144 = _T_141 | _GEN_12; // @[PositDivisionSqrt.scala 152:93]
  assign _T_146 = sqrtOp_Z == 1'h0; // @[PositDivisionSqrt.scala 154:33]
  assign _T_147 = _T_137 & _T_146; // @[PositDivisionSqrt.scala 154:30]
  assign _T_148 = ~ signB_Z; // @[PositDivisionSqrt.scala 154:57]
  assign _T_151 = {signB_Z,_T_148,fractB_Z,5'h0}; // @[Cat.scala 29:58]
  assign _T_152 = _T_147 ? _T_151 : 8'h0; // @[PositDivisionSqrt.scala 154:22]
  assign _T_153 = _T_144 | _T_152; // @[PositDivisionSqrt.scala 153:93]
  assign _T_155 = _T_137 & sqrtOp_Z; // @[PositDivisionSqrt.scala 155:30]
  assign _T_156 = rem[7:7]; // @[PositDivisionSqrt.scala 156:83]
  assign _T_158 = _T_156 ? 4'hf : 4'h0; // @[Bitwise.scala 71:12]
  assign bitMask = {{1'd0}, _T_128}; // @[PositDivisionSqrt.scala 145:21 PositDivisionSqrt.scala 146:14]
  assign _GEN_13 = {{3'd0}, _T_158}; // @[PositDivisionSqrt.scala 156:53]
  assign _T_159 = bitMask & _GEN_13; // @[PositDivisionSqrt.scala 156:53]
  assign _GEN_14 = {{1'd0}, _T_159}; // @[PositDivisionSqrt.scala 155:51]
  assign _T_160 = sigX_Z | _GEN_14; // @[PositDivisionSqrt.scala 155:51]
  assign _T_161 = bitMask[6:1]; // @[PositDivisionSqrt.scala 157:53]
  assign _GEN_15 = {{2'd0}, _T_161}; // @[PositDivisionSqrt.scala 156:89]
  assign _T_162 = _T_160 | _GEN_15; // @[PositDivisionSqrt.scala 156:89]
  assign _T_163 = _T_155 ? _T_162 : 8'h0; // @[PositDivisionSqrt.scala 155:22]
  assign trialTerm = _T_153 | _T_163; // @[PositDivisionSqrt.scala 154:93]
  assign _T_165 = trialTerm[7:7]; // @[PositDivisionSqrt.scala 162:56]
  assign _T_166 = _T_156 ^ _T_165; // @[PositDivisionSqrt.scala 162:40]
  assign _T_169 = rem + trialTerm; // @[PositDivisionSqrt.scala 163:97]
  assign _T_171 = rem - trialTerm; // @[PositDivisionSqrt.scala 164:97]
  assign _T_172 = _T_166 ? _T_169 : _T_171; // @[PositDivisionSqrt.scala 161:92]
  assign _T_177 = {rem, 1'h0}; // @[PositDivisionSqrt.scala 168:98]
  assign _T_178 = _T_177[7:0]; // @[PositDivisionSqrt.scala 168:108]
  assign _T_180 = _T_178 + trialTerm; // @[PositDivisionSqrt.scala 168:112]
  assign _T_184 = _T_178 - trialTerm; // @[PositDivisionSqrt.scala 169:112]
  assign _T_185 = _T_166 ? _T_180 : _T_184; // @[PositDivisionSqrt.scala 166:26]
  assign trialRem = ready ? _T_172 : _T_185; // @[PositDivisionSqrt.scala 159:27]
  assign _T_186 = trialRem != 8'h0; // @[PositDivisionSqrt.scala 173:35]
  assign trIsZero = _T_186 == 1'h0; // @[PositDivisionSqrt.scala 173:25]
  assign _T_187 = rem != 8'h0; // @[PositDivisionSqrt.scala 174:30]
  assign remIsZero = _T_187 == 1'h0; // @[PositDivisionSqrt.scala 174:25]
  assign _T_189 = trialRem[7:7]; // @[PositDivisionSqrt.scala 176:64]
  assign _T_190 = _T_165 ^ _T_189; // @[PositDivisionSqrt.scala 176:49]
  assign _T_191 = ~ _T_190; // @[PositDivisionSqrt.scala 176:29]
  assign _T_192 = sigX_Z[7:7]; // @[PositDivisionSqrt.scala 178:61]
  assign _T_193 = ~ _T_192; // @[PositDivisionSqrt.scala 178:49]
  assign _T_195 = remIsZero ? _T_192 : _T_191; // @[Mux.scala 87:16]
  assign newBit = trIsZero ? _T_193 : _T_195; // @[Mux.scala 87:16]
  assign _T_196 = cycleNum > 3'h2; // @[PositDivisionSqrt.scala 183:41]
  assign _T_197 = remIsZero == 1'h0; // @[PositDivisionSqrt.scala 183:51]
  assign _T_198 = _T_196 & _T_197; // @[PositDivisionSqrt.scala 183:48]
  assign _T_199 = entering_normalCase | _T_198; // @[PositDivisionSqrt.scala 183:28]
  assign _T_202 = _T_137 & newBit; // @[PositDivisionSqrt.scala 187:39]
  assign _T_203 = entering_normalCase | _T_202; // @[PositDivisionSqrt.scala 187:28]
  assign _T_206 = {newBit, 7'h0}; // @[PositDivisionSqrt.scala 188:47]
  assign _T_207 = _T_140 ? _T_206 : 8'h0; // @[PositDivisionSqrt.scala 188:18]
  assign _T_209 = _T_142 ? 6'h20 : 6'h0; // @[PositDivisionSqrt.scala 189:18]
  assign _GEN_16 = {{2'd0}, _T_209}; // @[PositDivisionSqrt.scala 188:78]
  assign _T_210 = _T_207 | _GEN_16; // @[PositDivisionSqrt.scala 188:78]
  assign _GEN_17 = {{1'd0}, bitMask}; // @[PositDivisionSqrt.scala 190:47]
  assign _T_212 = sigX_Z | _GEN_17; // @[PositDivisionSqrt.scala 190:47]
  assign _T_213 = _T_137 ? _T_212 : 8'h0; // @[PositDivisionSqrt.scala 190:18]
  assign _T_214 = _T_210 | _T_213; // @[PositDivisionSqrt.scala 189:78]
  assign _T_216 = {_T_192, 1'h0}; // @[PositDivisionSqrt.scala 196:53]
  assign sigXBias = scaleNotChange ? _T_216 : {{1'd0}, _T_192}; // @[PositDivisionSqrt.scala 196:21]
  assign _GEN_18 = {{6'd0}, sigXBias}; // @[PositDivisionSqrt.scala 197:25]
  assign realSigX = sigX_Z + _GEN_18; // @[PositDivisionSqrt.scala 197:25]
  assign _T_219 = realSigX[4]; // @[PositDivisionSqrt.scala 200:97]
  assign _T_220 = realSigX[3]; // @[PositDivisionSqrt.scala 201:97]
  assign realFrac = scaleNotChange ? _T_219 : _T_220; // @[PositDivisionSqrt.scala 198:21]
  assign _T_221 = realSigX[7]; // @[PositDivisionSqrt.scala 205:33]
  assign _T_222 = realSigX[5]; // @[PositDivisionSqrt.scala 205:58]
  assign _T_223 = _T_221 ^ _T_222; // @[PositDivisionSqrt.scala 205:48]
  assign scaleNeedSub = ~ _T_223; // @[PositDivisionSqrt.scala 205:23]
  assign notNeedSubTwo = _T_221 ^ _T_219; // @[PositDivisionSqrt.scala 206:46]
  assign scaleSubOne = scaleNeedSub & notNeedSubTwo; // @[PositDivisionSqrt.scala 207:36]
  assign _T_226 = ~ notNeedSubTwo; // @[PositDivisionSqrt.scala 208:38]
  assign scaleSubTwo = scaleNeedSub & _T_226; // @[PositDivisionSqrt.scala 208:36]
  assign _T_227 = {scaleSubTwo,scaleSubOne}; // @[Cat.scala 29:58]
  assign _T_228 = {1'b0,$signed(_T_227)}; // @[PositDivisionSqrt.scala 209:63]
  assign _GEN_19 = {{1{_T_228[2]}},_T_228}; // @[PositDivisionSqrt.scala 209:31]
  assign _T_230 = $signed(scale_Z) - $signed(_GEN_19); // @[PositDivisionSqrt.scala 209:31]
  assign realExp = $signed(_T_230); // @[PositDivisionSqrt.scala 209:31]
  assign underflow = $signed(realExp) < $signed(-4'sh3); // @[PositDivisionSqrt.scala 210:31]
  assign overflow = $signed(realExp) > $signed(4'sh2); // @[PositDivisionSqrt.scala 211:31]
  assign decQ_sign = realSigX[7:7]; // @[PositDivisionSqrt.scala 215:33]
  assign _T_232 = underflow ? $signed(-4'sh3) : $signed(realExp); // @[Mux.scala 87:16]
  assign _T_233 = overflow ? $signed(4'sh2) : $signed(_T_232); // @[Mux.scala 87:16]
  assign _T_234 = realSigX[3:1]; // @[PositDivisionSqrt.scala 224:48]
  assign _T_235 = realSigX[2:0]; // @[PositDivisionSqrt.scala 224:64]
  assign decQ_grs = scaleNotChange ? _T_234 : _T_235; // @[PositDivisionSqrt.scala 224:23]
  assign outValid = cycleNum == 3'h1; // @[PositDivisionSqrt.scala 229:28]
  assign _GEN_20 = _T_233[2:0]; // @[PositDivisionSqrt.scala 204:27 PositDivisionSqrt.scala 216:23]
  assign decQ_scale = $signed(_GEN_20); // @[PositDivisionSqrt.scala 204:27 PositDivisionSqrt.scala 216:23]
  assign _T_242 = decQ_scale[2:2]; // @[convert.scala 49:36]
  assign _T_244 = ~ decQ_scale; // @[convert.scala 50:36]
  assign _T_245 = $signed(_T_244); // @[convert.scala 50:36]
  assign _T_246 = _T_242 ? $signed(_T_245) : $signed(decQ_scale); // @[convert.scala 50:28]
  assign _T_247 = _T_242 ^ decQ_sign; // @[convert.scala 51:31]
  assign _T_248 = ~ _T_247; // @[convert.scala 53:34]
  assign _T_251 = {_T_248,_T_247,realFrac,decQ_grs}; // @[Cat.scala 29:58]
  assign _T_252 = $unsigned(_T_246); // @[Shift.scala 39:17]
  assign _T_253 = _T_252 < 3'h6; // @[Shift.scala 39:24]
  assign _T_255 = _T_251[5:4]; // @[Shift.scala 90:30]
  assign _T_256 = _T_251[3:0]; // @[Shift.scala 90:48]
  assign _T_257 = _T_256 != 4'h0; // @[Shift.scala 90:57]
  assign _GEN_21 = {{1'd0}, _T_257}; // @[Shift.scala 90:39]
  assign _T_258 = _T_255 | _GEN_21; // @[Shift.scala 90:39]
  assign _T_259 = _T_252[2]; // @[Shift.scala 12:21]
  assign _T_260 = _T_251[5]; // @[Shift.scala 12:21]
  assign _T_262 = _T_260 ? 4'hf : 4'h0; // @[Bitwise.scala 71:12]
  assign _T_263 = {_T_262,_T_258}; // @[Cat.scala 29:58]
  assign _T_264 = _T_259 ? _T_263 : _T_251; // @[Shift.scala 91:22]
  assign _T_265 = _T_252[1:0]; // @[Shift.scala 92:77]
  assign _T_266 = _T_264[5:2]; // @[Shift.scala 90:30]
  assign _T_267 = _T_264[1:0]; // @[Shift.scala 90:48]
  assign _T_268 = _T_267 != 2'h0; // @[Shift.scala 90:57]
  assign _GEN_22 = {{3'd0}, _T_268}; // @[Shift.scala 90:39]
  assign _T_269 = _T_266 | _GEN_22; // @[Shift.scala 90:39]
  assign _T_270 = _T_265[1]; // @[Shift.scala 12:21]
  assign _T_271 = _T_264[5]; // @[Shift.scala 12:21]
  assign _T_273 = _T_271 ? 2'h3 : 2'h0; // @[Bitwise.scala 71:12]
  assign _T_274 = {_T_273,_T_269}; // @[Cat.scala 29:58]
  assign _T_275 = _T_270 ? _T_274 : _T_264; // @[Shift.scala 91:22]
  assign _T_276 = _T_265[0:0]; // @[Shift.scala 92:77]
  assign _T_277 = _T_275[5:1]; // @[Shift.scala 90:30]
  assign _T_278 = _T_275[0:0]; // @[Shift.scala 90:48]
  assign _GEN_23 = {{4'd0}, _T_278}; // @[Shift.scala 90:39]
  assign _T_280 = _T_277 | _GEN_23; // @[Shift.scala 90:39]
  assign _T_282 = _T_275[5]; // @[Shift.scala 12:21]
  assign _T_283 = {_T_282,_T_280}; // @[Cat.scala 29:58]
  assign _T_284 = _T_276 ? _T_283 : _T_275; // @[Shift.scala 91:22]
  assign _T_287 = _T_260 ? 6'h3f : 6'h0; // @[Bitwise.scala 71:12]
  assign _T_288 = _T_253 ? _T_284 : _T_287; // @[Shift.scala 39:10]
  assign _T_289 = _T_288[3]; // @[convert.scala 55:31]
  assign _T_290 = _T_288[2]; // @[convert.scala 56:31]
  assign _T_291 = _T_288[1]; // @[convert.scala 57:31]
  assign _T_292 = _T_288[0]; // @[convert.scala 58:31]
  assign _T_293 = _T_288[5:3]; // @[convert.scala 59:69]
  assign _T_294 = _T_293 != 3'h0; // @[convert.scala 59:81]
  assign _T_295 = ~ _T_294; // @[convert.scala 59:50]
  assign _T_297 = _T_293 == 3'h7; // @[convert.scala 60:81]
  assign _T_298 = _T_289 | _T_291; // @[convert.scala 61:44]
  assign _T_299 = _T_298 | _T_292; // @[convert.scala 61:52]
  assign _T_300 = _T_290 & _T_299; // @[convert.scala 61:36]
  assign _T_301 = ~ _T_297; // @[convert.scala 62:63]
  assign _T_302 = _T_301 & _T_300; // @[convert.scala 62:103]
  assign _T_303 = _T_295 | _T_302; // @[convert.scala 62:60]
  assign _GEN_24 = {{2'd0}, _T_303}; // @[convert.scala 63:56]
  assign _T_306 = _T_293 + _GEN_24; // @[convert.scala 63:56]
  assign _T_307 = {decQ_sign,_T_306}; // @[Cat.scala 29:58]
  assign _T_309 = isZero_Z ? 4'h0 : _T_307; // @[Mux.scala 87:16]
  assign io_inReady = cycleNum <= 3'h1; // @[PositDivisionSqrt.scala 231:17]
  assign io_diviValid = outValid & _T_146; // @[PositDivisionSqrt.scala 232:17]
  assign io_sqrtValid = outValid & sqrtOp_Z; // @[PositDivisionSqrt.scala 233:17]
  assign io_invalidExc = isNaR_Z; // @[PositDivisionSqrt.scala 234:17]
  assign io_Q = isNaR_Z ? 4'h8 : _T_309; // @[PositDivisionSqrt.scala 235:17]
`ifdef RANDOMIZE_GARBAGE_ASSIGN
`define RANDOMIZE
`endif
`ifdef RANDOMIZE_INVALID_ASSIGN
`define RANDOMIZE
`endif
`ifdef RANDOMIZE_REG_INIT
`define RANDOMIZE
`endif
`ifdef RANDOMIZE_MEM_INIT
`define RANDOMIZE
`endif
`ifndef RANDOM
`define RANDOM $random
`endif
`ifdef RANDOMIZE_MEM_INIT
  integer initvar;
`endif
initial begin
  `ifdef RANDOMIZE
    `ifdef INIT_RANDOM
      `INIT_RANDOM
    `endif
    `ifndef VERILATOR
      `ifdef RANDOMIZE_DELAY
        #`RANDOMIZE_DELAY begin end
      `else
        #0.002 begin end
      `endif
    `endif
  `ifdef RANDOMIZE_REG_INIT
  _RAND_0 = {1{`RANDOM}};
  cycleNum = _RAND_0[2:0];
  `endif // RANDOMIZE_REG_INIT
  `ifdef RANDOMIZE_REG_INIT
  _RAND_1 = {1{`RANDOM}};
  sqrtOp_Z = _RAND_1[0:0];
  `endif // RANDOMIZE_REG_INIT
  `ifdef RANDOMIZE_REG_INIT
  _RAND_2 = {1{`RANDOM}};
  isNaR_Z = _RAND_2[0:0];
  `endif // RANDOMIZE_REG_INIT
  `ifdef RANDOMIZE_REG_INIT
  _RAND_3 = {1{`RANDOM}};
  isZero_Z = _RAND_3[0:0];
  `endif // RANDOMIZE_REG_INIT
  `ifdef RANDOMIZE_REG_INIT
  _RAND_4 = {1{`RANDOM}};
  scale_Z = _RAND_4[3:0];
  `endif // RANDOMIZE_REG_INIT
  `ifdef RANDOMIZE_REG_INIT
  _RAND_5 = {1{`RANDOM}};
  signB_Z = _RAND_5[0:0];
  `endif // RANDOMIZE_REG_INIT
  `ifdef RANDOMIZE_REG_INIT
  _RAND_6 = {1{`RANDOM}};
  fractB_Z = _RAND_6[0:0];
  `endif // RANDOMIZE_REG_INIT
  `ifdef RANDOMIZE_REG_INIT
  _RAND_7 = {1{`RANDOM}};
  rem_Z = _RAND_7[7:0];
  `endif // RANDOMIZE_REG_INIT
  `ifdef RANDOMIZE_REG_INIT
  _RAND_8 = {1{`RANDOM}};
  sigX_Z = _RAND_8[7:0];
  `endif // RANDOMIZE_REG_INIT
  `endif // RANDOMIZE
end
  always @(posedge clock) begin
    if (reset) begin
      cycleNum <= 3'h0;
    end else begin
      cycleNum <= _GEN_0[2:0];
    end
    if (entering) begin
      sqrtOp_Z <= io_sqrtOp;
    end
    if (entering) begin
      if (io_sqrtOp) begin
        isNaR_Z <= _T_89;
      end else begin
        isNaR_Z <= _T_91;
      end
    end
    if (entering) begin
      if (io_sqrtOp) begin
        isZero_Z <= decA_isZero;
      end else begin
        isZero_Z <= _T_95;
      end
    end
    if (entering_normalCase) begin
      if (io_sqrtOp) begin
        scale_Z <= {{2{_T_123[1]}},_T_123};
      end else begin
        scale_Z <= sExpQuot_S_div;
      end
    end
    if (_T_126) begin
      signB_Z <= _T_41;
    end
    if (_T_126) begin
      fractB_Z <= decB_fraction;
    end
    if (_T_199) begin
      if (ready) begin
        if (_T_166) begin
          rem_Z <= _T_169;
        end else begin
          rem_Z <= _T_171;
        end
      end else begin
        if (_T_166) begin
          rem_Z <= _T_180;
        end else begin
          rem_Z <= _T_184;
        end
      end
    end
    if (_T_203) begin
      sigX_Z <= _T_214;
    end
  end
endmodule